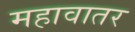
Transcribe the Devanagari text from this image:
महावातर